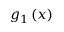
g _ { 1 } \left( x \right)